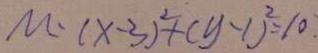
M : ( x - 3 ) ^ { 2 } + ( y - 1 ) ^ { 2 } = 1 0